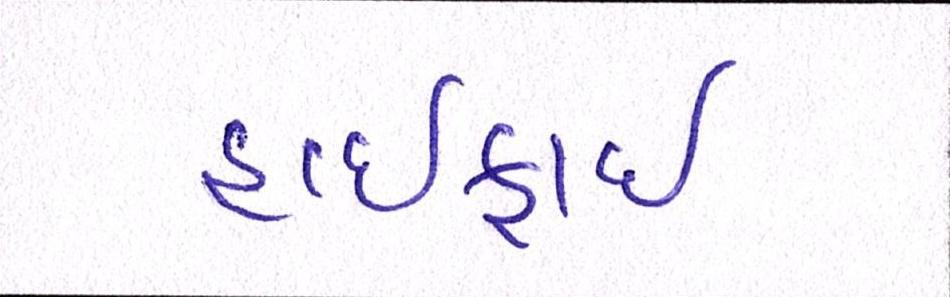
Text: હાઈફાઈ